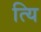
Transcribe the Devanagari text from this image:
त्यि